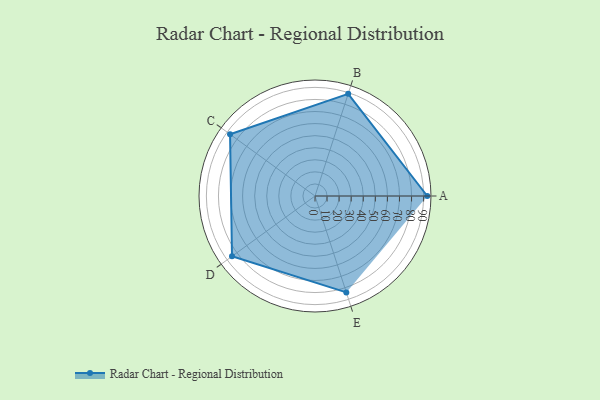
{"axis": {"x": "Skill", "y": "Score"}, "legend": ["Profile"], "data": [{"x": "A", "y": 93.0, "type": "Profile"}, {"x": "B", "y": 89.0, "type": "Profile"}, {"x": "C", "y": 87.0, "type": "Profile"}, {"x": "D", "y": 85.0, "type": "Profile"}, {"x": "E", "y": 84.0, "type": "Profile"}]}